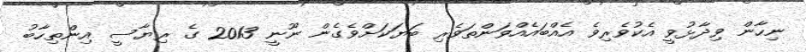
ނިހާން ވިދާޅުވީ އެކުވެރިވެ އެއްބައެއްވަންތަވެރި ބަޔަކަށްވެގެން ނޫނީ 2013 ގެ ރިޔާސީ އިންތިހާބު